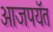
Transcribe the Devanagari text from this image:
आजपयॅत